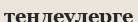
теңдеулерге